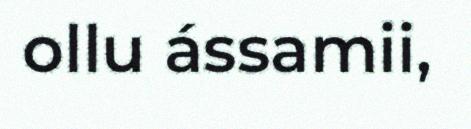
ollu ássamii,